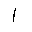
Letter: _alif